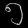
Digit: ၅